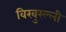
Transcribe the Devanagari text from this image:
विखुरल्ली